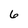
Character: 6